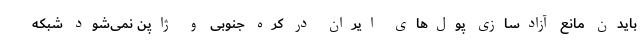
بایدن مانع آزادسازی پول‌های ایران در کره جنوبی و ژاپن نمی‌شود شبکه